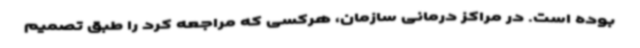
بوده است. در مراکز درمانی سازمان، هرکسی که مراجعه کرد را طبق تصمیم